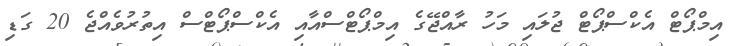
އިމްޕޯޓް އެކްސްޕޯޓް ޖުލައި މަހު ރާއްޖޭގެ އިމްޕޯޓްސްއާއި އެކްސްޕޯޓްސް އިތުރުވެއްޖެ 20 ގަޑި